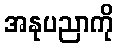
အနုပညာကို